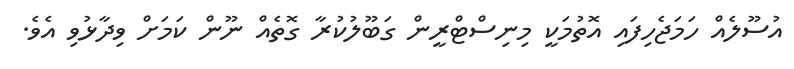
އުސޫލެއް ހަމަޖެހިފައި އޮތުމަކީ މިނިސްޓްރީން ގަބޫލުކުރާ ގޮތެއް ނޫން ކަމަށް ވިދާޅުވި އެވެ.